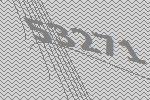
53271